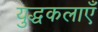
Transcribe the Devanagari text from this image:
युद्धकलाएँ